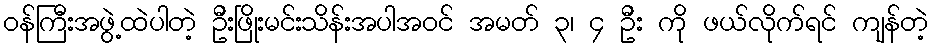
ဝန်ကြီးအဖွဲ့ထဲပါတဲ့ ဦးဖြိုးမင်းသိန်းအပါအဝင် အမတ် ၃၊ ၄ ဦး ကို ဖယ်လိုက်ရင် ကျန်တဲ့